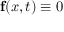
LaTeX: \mathbf { f } ( x , t ) \equiv 0